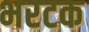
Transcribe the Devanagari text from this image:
भरटक